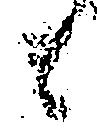
候